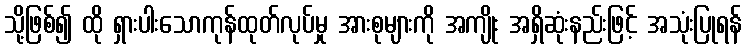
သို့ဖြစ်၍ ထို ရှားပါးသောကုန်ထုတ်လုပ်မှု အားစုများကို အကျိုး အရှိဆုံးနည်းဖြင့် အသုံးပြုရန်